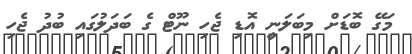
މަގޭ ބޮޑަށް މިބަލަނީ އޮޑި ޖެހި ނޫޓް ގެ ބަދަލުގައި ބުދު ޖެހި